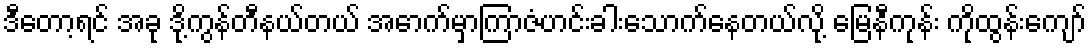
ဒီတော့ရင် အခု ဒို့ကွန်တီနယ်တယ် အောက်မှာကြာဇံဟင်းခါးသောက်နေတယ်လို့ မြေနီကုန်း ကိုထွန်းကျော်